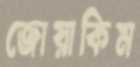
জোয়াকিম